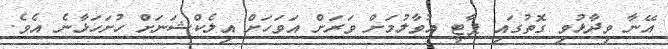
އޭނާ ވިދާޅުވި ގޮތުގައި ޕާޓީ އުވާލުމަށް ވަރަށް އަވަހަށް އިލެކްޝަނަށް ހުށަހަޅާނެ އެވެ.